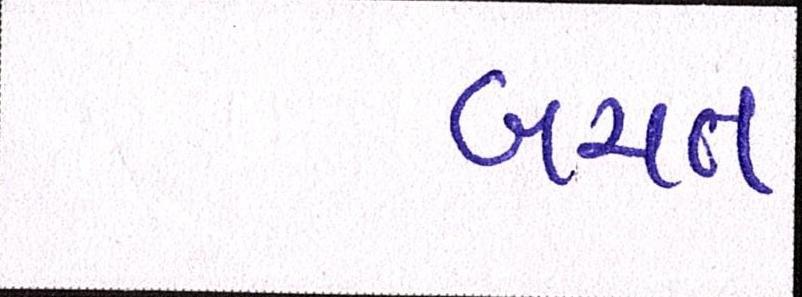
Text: બચત